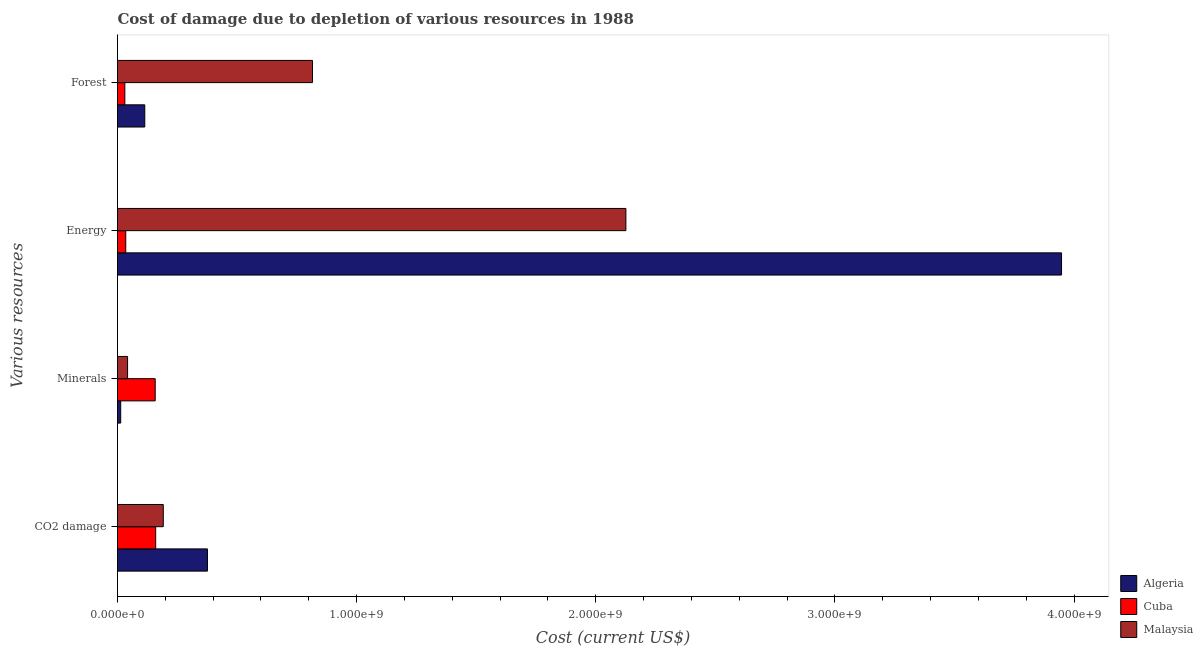
| Various resources | Algeria | Cuba | Malaysia |
 | --- | --- | --- | --- |
 | CO2 damage | 3.76e+08 | 1.6e+08 | 1.91e+08 |
 | Minerals | 1.33e+07 | 1.58e+08 | 4.21e+07 |
 | Energy | 3.95e+09 | 3.45e+07 | 2.13e+09 |
 | Forest | 1.14e+08 | 3.07e+07 | 8.15e+08 |